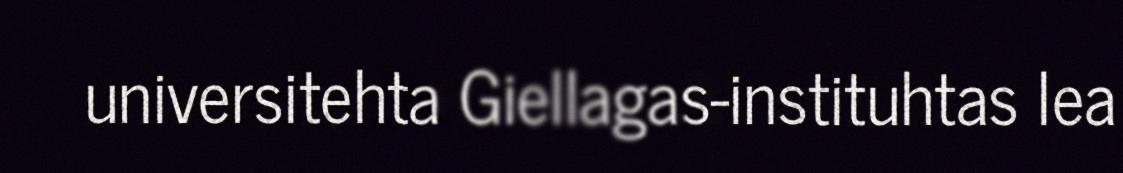
universitehta Giellagas-instituhtas lea